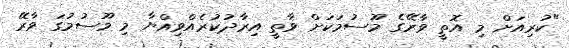
"ކުރިއަށް މި އޮތީ ވާރޭގެ މޫސުމަކަށް ވާތީ އިރާދުކުރެއްވިއްޔާ މި މޫސުމުގަ ވާރޭ